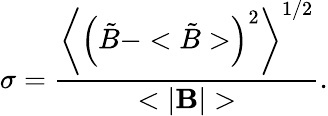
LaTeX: \sigma=\frac{\left<\left({\tilde{B}}-<{\tilde{B}}>\right)^{2}\right>^{1/2}}{<|{\mathbf B}|>}.